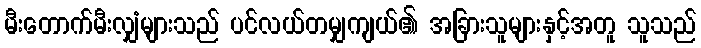
မီးတောက်မီးလျှံများသည် ပင်လယ်တမျှကျယ်၏ အခြားသူများနှင့်အတူ သူသည်